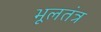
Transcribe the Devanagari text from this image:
भूलतंत्र